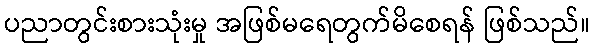
ပညာတွင်းစားသုံးမှု အဖြစ်မရေတွက်မိစေရန် ဖြစ်သည်။